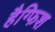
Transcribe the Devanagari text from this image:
हैग्फिश